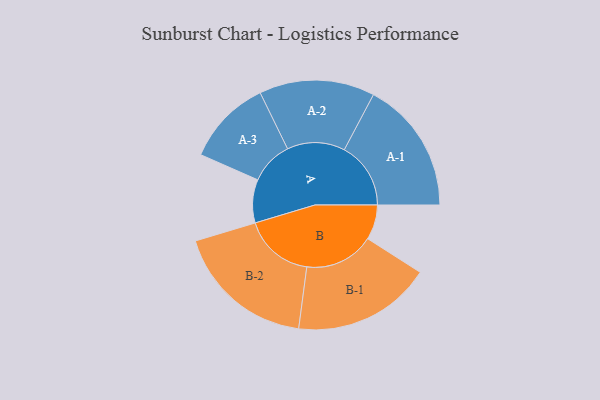
{"axis": {"x": "Segment", "y": "Value"}, "legend": ["", "A", "B"], "data": [{"x": "A", "y": 144, "type": ""}, {"x": "B", "y": 116, "type": ""}, {"x": "A-1", "y": 221, "type": "A"}, {"x": "A-2", "y": 192, "type": "A"}, {"x": "A-3", "y": 143, "type": "A"}, {"x": "B-1", "y": 231, "type": "B"}, {"x": "B-2", "y": 234, "type": "B"}]}